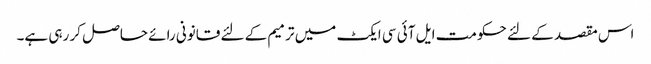
اس مقصد کے لئے حکومت ایل آئی سی ایکٹ میں ترمیم کے لئے قانونی رائے حاصل کر رہی ہے۔